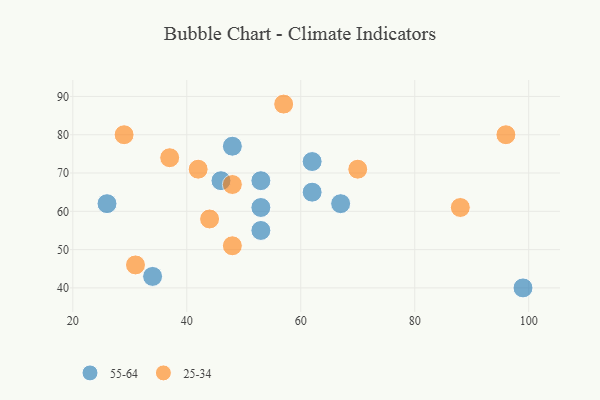
{"axis": {"x": "GDP", "y": "Life Expectancy"}, "legend": ["25-34", "55-64"], "data": [{"x": "62", "y": 65, "type": "55-64"}, {"x": "26", "y": 62, "type": "55-64"}, {"x": "53", "y": 61, "type": "55-64"}, {"x": "99", "y": 40, "type": "55-64"}, {"x": "62", "y": 73, "type": "55-64"}, {"x": "34", "y": 43, "type": "55-64"}, {"x": "46", "y": 68, "type": "55-64"}, {"x": "67", "y": 62, "type": "55-64"}, {"x": "53", "y": 55, "type": "55-64"}, {"x": "53", "y": 68, "type": "55-64"}, {"x": "48", "y": 77, "type": "55-64"}, {"x": "31", "y": 46, "type": "25-34"}, {"x": "42", "y": 71, "type": "25-34"}, {"x": "48", "y": 51, "type": "25-34"}, {"x": "29", "y": 80, "type": "25-34"}, {"x": "57", "y": 88, "type": "25-34"}, {"x": "44", "y": 58, "type": "25-34"}, {"x": "48", "y": 67, "type": "25-34"}, {"x": "96", "y": 80, "type": "25-34"}, {"x": "37", "y": 74, "type": "25-34"}, {"x": "70", "y": 71, "type": "25-34"}, {"x": "88", "y": 61, "type": "25-34"}]}